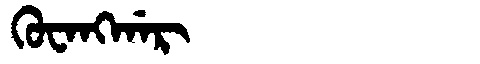
Manchu: ᡴᡠᠸᠠᠩᡤᠠᡵ
Romanization: KUWANGGAR